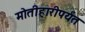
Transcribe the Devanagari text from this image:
मोतीहारीपर्यंत